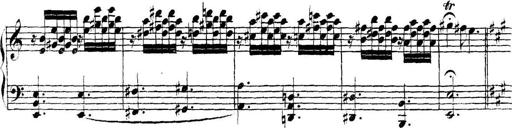
Title: Collected Piano Sonatas
Composer: Muzio Clementi